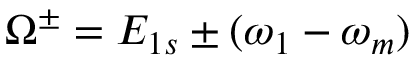
\Omega ^ { \pm } = E _ { 1 s } \pm ( \omega _ { 1 } - \omega _ { m } )